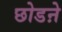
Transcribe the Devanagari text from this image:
छोडऩे